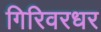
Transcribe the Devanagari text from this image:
गिरिवरधर